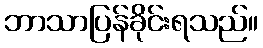
ဘာသာပြန်ခိုင်းရသည်။